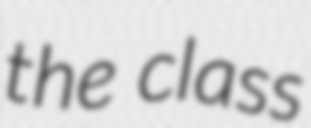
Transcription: the class